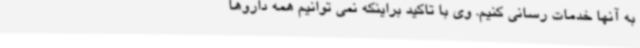
به آنها خدمات رسانی کنیم. وی با تاکید براینکه نمی توانیم همه داروها